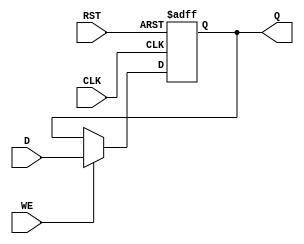
module StoreRegister (
    input wire D,         // Data Input
    input wire CLK,       // Clock
    input wire WE,        // Write Enable
    input wire RST,       // Reset
    output reg Q          // Stored Output
);

// Asynchronous reset and synchronous write
always @(posedge CLK or posedge RST) begin
    if (RST) begin
        Q <= 1'b0;        // Reset the stored value to 0
    end else if (WE) begin
        Q <= D;           // Capture the input data on the rising edge of CLK if WE is high
    end
    // If WE is low, retain the previous value of Q
end

endmodule